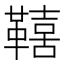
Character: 𮧦